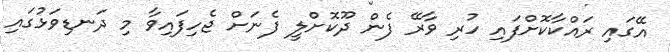
އޭގައި ރައްކާކޮށްފައި ހުރި ވާރޭ ފެން ދޫކޮށްލީ ފެނަށް ޖެހިފައިވާ މި ދަނޑިވަޅުގައި